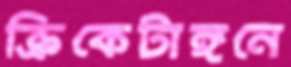
ক্রিকেটাঙ্গনে